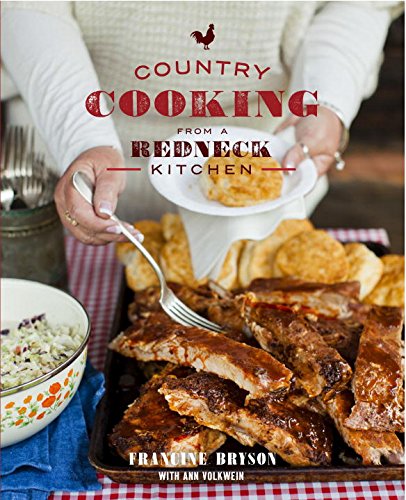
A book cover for Country Cooking from a Redneck Kitchen; Francine Bryson; Cookbooks, Food & Wine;